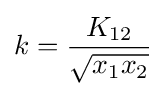
k={\frac {K_{12}}{\sqrt {x_{1}x_{2}}}}